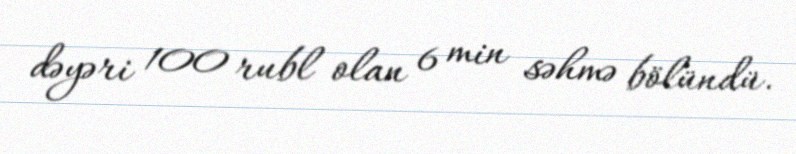
dəyəri 100 rubl olan 6 min səhmə bölündü.